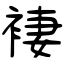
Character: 褄